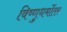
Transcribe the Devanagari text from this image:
विष्णुधर्मोतर